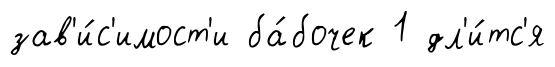
зав'и́с'имост'и ба́бочек 1 дл'и́тс'я